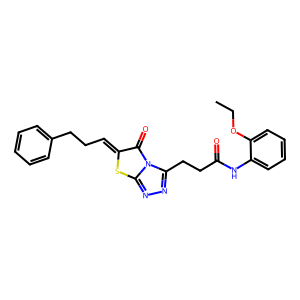
SMILES: CCOc1ccccc1NC(=O)CCc1nnc2sc(=CCCc3ccccc3)c(=O)n12
Inhibits HIV replication: No